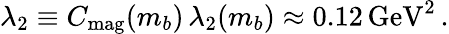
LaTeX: \lambda_{2}\equiv C_{\mathrm{mag}}(m_{b})\, \lambda_{2}(m_{b})\approx 0.12\, \mathrm{GeV}^{2}\, .